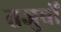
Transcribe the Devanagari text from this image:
तजुर्बों